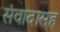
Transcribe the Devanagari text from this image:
संवादासह